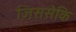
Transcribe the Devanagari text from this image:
जिससेकि